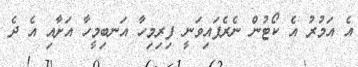
އެ އަމުރު އެ ކޯޓުން ނެރެފައިވަނީ ފިރިމިހާ އަނބިމީހާ އަށާއި އެ ދެ